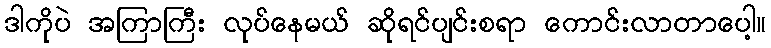
ဒါကိုပဲ အကြာကြီး လုပ်နေမယ် ဆိုရင်ပျင်းစရာ ကောင်းလာတာပေါ့။